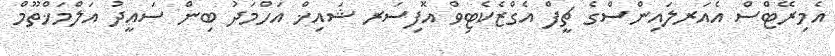
އެމިރޭޓްސް އެއަރލައިންސްގެ ޗީފް އެގްޒެކެޓިވް އޮފިސަރ ޝައިޚް އަހްމަދު ބިން ސައީދު އަލްމަޚްތޫމް